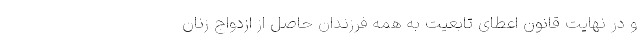
و در نهایت قانون اعطای تابعیت به همه فرزندان حاصل از ازدواج زنان